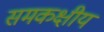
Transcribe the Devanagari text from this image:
समकक्षीय